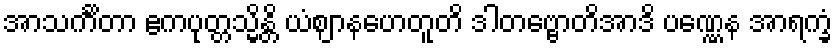
အာသင်္ကိတာ ဧကပုတ္တသ္မိန္တိ ယံဈာနဟေတူတိ ဒါတဗ္ဗောတိအာဒိ ပဏ္ဏေန အာရက္ခံ